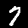
Label: 7